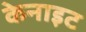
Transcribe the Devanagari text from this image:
केनाइट